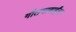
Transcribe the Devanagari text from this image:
गौतमाबाईंना